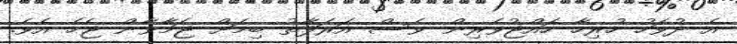
އެ ދުވަހު ހުރިހާ ހައްޖުވެރިން ވެސް އަރަފާތު ބިމަށް ޖަމާވާން ޖެހެ އެވެ.